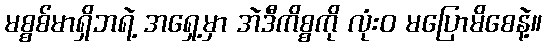
မစ္စစ်မာရှိဘရဲ့ အရှေ့မှာ အဲဒီကိစ္စကို လုံးဝ မပြောမိစေနဲ့။